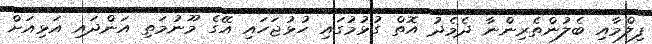
ފިލްމާއި ބެލުންތެރިންނާ ދެމެދު އޮތް ގުޅުމުގައި ހުޅުޖަހައި އޭގެ މޫނުމަތި އަންދައި އަޅިއަށް